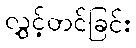
လွှင့်တင်ခြင်း